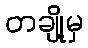
တချို့မှ